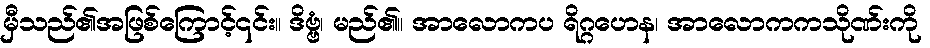
မှီသည်၏အဖြစ်ကြောင့်၎င်း။ ဒိဗ္ဗံ၊ မည်၏။ အာလောကပ ရိဂ္ဂဟေန၊ အာလောကကသိုဏ်းကို